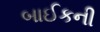
બાઈકની